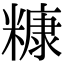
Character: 糠